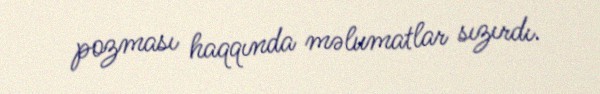
pozması haqqında məlumatlar sızırdı.